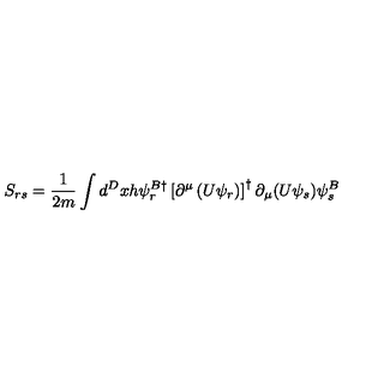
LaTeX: S _ { r s } = \frac { 1 } { 2 m } \int d ^ { D } x h \psi _ { r } ^ { B \dagger } \left[ \partial ^ { \mu } \left( U \psi _ { r } \right) \right] ^ { \dagger } \partial _ { \mu } ( U \psi _ { s } ) \psi _ { s } ^ { B }